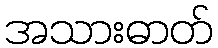
အသားဓာတ်